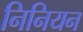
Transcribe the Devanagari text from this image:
निनियन